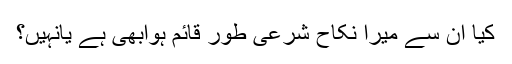
کیا ان سے میرا نکاح شرعی طور قائم ہوابھی ہے یانہیں؟